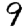
Digit: 9